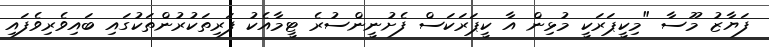
ފަޔާޒު މޫސާ "މިކީޕަރަކީ މުޅިން އާ ކީޕަރަކަސް ފެށުނީންސުރެ ޓީމާއެކު ފަރިތަކުރުންތަކުގައި ބައިވެރިވެފައި